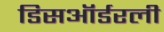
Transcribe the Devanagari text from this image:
डिसऑर्डरली